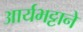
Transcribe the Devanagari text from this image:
आर्यभट्टाने